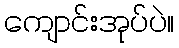
ကျောင်းအုပ်ပဲ။